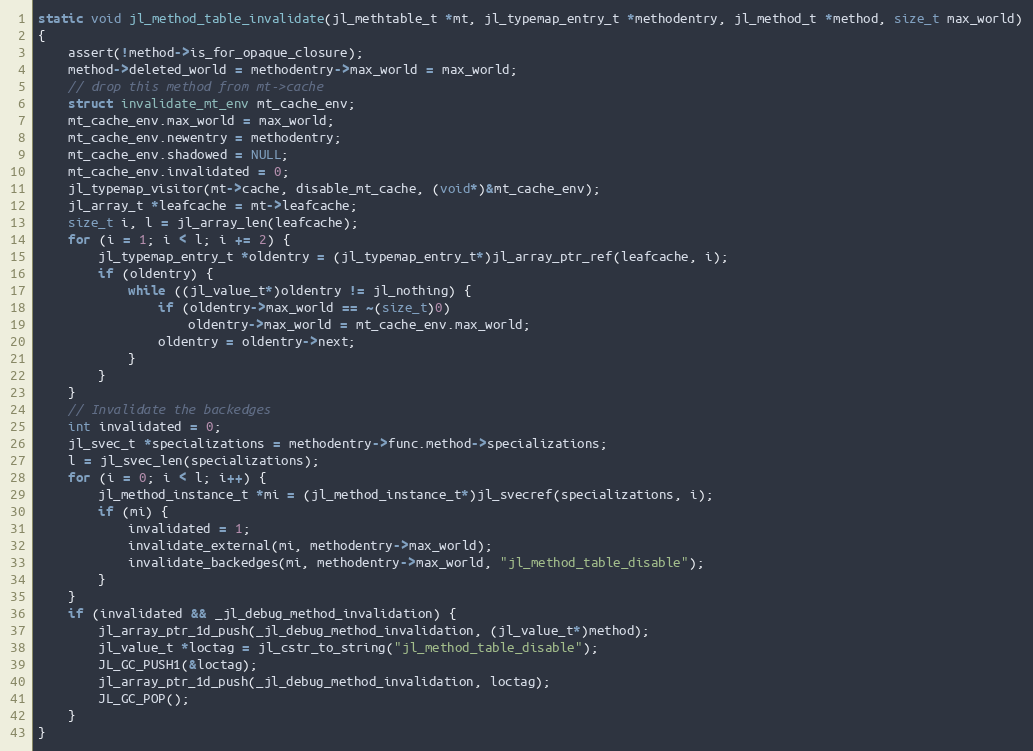
Language: C
static void jl_method_table_invalidate(jl_methtable_t *mt, jl_typemap_entry_t *methodentry, jl_method_t *method, size_t max_world)
{
    assert(!method->is_for_opaque_closure);
    method->deleted_world = methodentry->max_world = max_world;
    // drop this method from mt->cache
    struct invalidate_mt_env mt_cache_env;
    mt_cache_env.max_world = max_world;
    mt_cache_env.newentry = methodentry;
    mt_cache_env.shadowed = NULL;
    mt_cache_env.invalidated = 0;
    jl_typemap_visitor(mt->cache, disable_mt_cache, (void*)&mt_cache_env);
    jl_array_t *leafcache = mt->leafcache;
    size_t i, l = jl_array_len(leafcache);
    for (i = 1; i < l; i += 2) {
        jl_typemap_entry_t *oldentry = (jl_typemap_entry_t*)jl_array_ptr_ref(leafcache, i);
        if (oldentry) {
            while ((jl_value_t*)oldentry != jl_nothing) {
                if (oldentry->max_world == ~(size_t)0)
                    oldentry->max_world = mt_cache_env.max_world;
                oldentry = oldentry->next;
            }
        }
    }
    // Invalidate the backedges
    int invalidated = 0;
    jl_svec_t *specializations = methodentry->func.method->specializations;
    l = jl_svec_len(specializations);
    for (i = 0; i < l; i++) {
        jl_method_instance_t *mi = (jl_method_instance_t*)jl_svecref(specializations, i);
        if (mi) {
            invalidated = 1;
            invalidate_external(mi, methodentry->max_world);
            invalidate_backedges(mi, methodentry->max_world, "jl_method_table_disable");
        }
    }
    if (invalidated && _jl_debug_method_invalidation) {
        jl_array_ptr_1d_push(_jl_debug_method_invalidation, (jl_value_t*)method);
        jl_value_t *loctag = jl_cstr_to_string("jl_method_table_disable");
        JL_GC_PUSH1(&loctag);
        jl_array_ptr_1d_push(_jl_debug_method_invalidation, loctag);
        JL_GC_POP();
    }
}